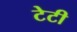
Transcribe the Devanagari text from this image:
टेटी